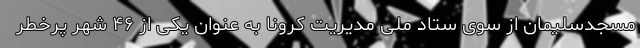
مسجدسلیمان از سوی ستاد ملی مدیریت کرونا به عنوان یکی از ۴۶ شهر پرخطر